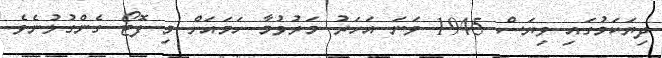
ދިޔަކަމުގައި ވިޔަސް 1945 ވަނަ އަހަރު މަރުވުމާ ހަމައަށް މި ފޮޓޯ ގެންގުޅުނެވެ.